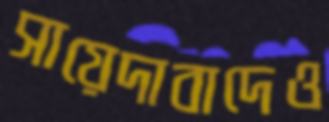
সায়েদাবাদেও